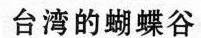
台湾的蝴蝶谷